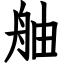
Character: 舳